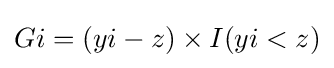
Gi=(yi-z)\times I(yi<z)